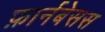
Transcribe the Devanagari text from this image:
फ़ार्नबेसस